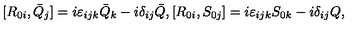
[ R _ { 0 i } , \bar { Q } _ { j } ] = i \varepsilon _ { i j k } \bar { Q } _ { k } - i \delta _ { i j } \bar { Q } , [ R _ { 0 i } , S _ { 0 j } ] = i \varepsilon _ { i j k } S _ { 0 k } - i \delta _ { i j } Q ,